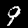
Label: 9